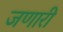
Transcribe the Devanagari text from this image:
जणारी